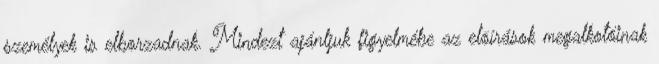
személyek is elborzadnak. Mindezt ajánljuk figyelmébe az elõírások megalkotóinak